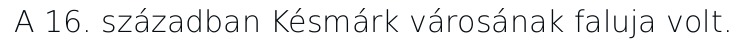
A 16. században Késmárk városának faluja volt.